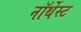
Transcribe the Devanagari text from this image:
नॉर्थेस्ट